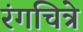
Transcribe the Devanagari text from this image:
रंगचित्रे